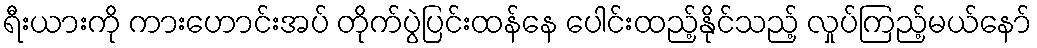
ရီးယားကို ကားဟောင်းအပ် တိုက်ပွဲပြင်းထန်နေ ပေါင်းထည့်နိုင်သည့် လှုပ်ကြည့်မယ်နော်